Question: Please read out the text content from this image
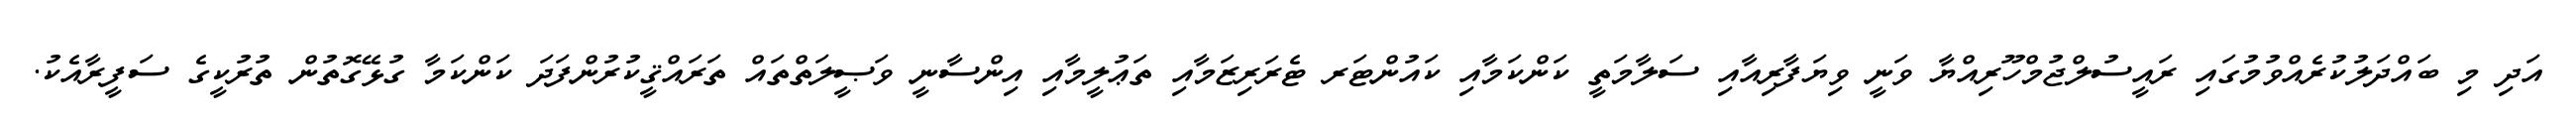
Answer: އަދި މި ބައްދަލުކުރެއްވުމުގައި ރައީސުލްޖުމްހޫރިއްޔާ ވަނީ ވިޔަފާރިއާއި ސަލާމަތީ ކަންކަމާއި ކައުންޓަރ ޓެރަރިޒަމާއި ތަޢުލީމާއި އިންސާނީ ވަޞީލަތްތައް ތަރައްޤީކުރުންފަދަ ކަންކަމާ ގުޅޭގޮތުން ތުރުކީގެ ސަފީރާއެކު.